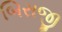
બિરાજી